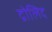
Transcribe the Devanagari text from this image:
द्रोलिद